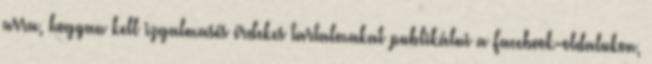
arra, hogyan kell izgalmasés érdekes tartalmakat publikálni a Facebook-oldalukon,